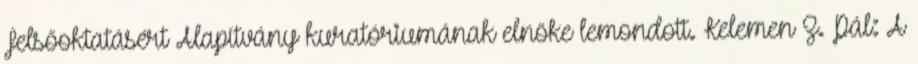
Felsőoktatásért Alapítvány kuratóriumának elnöke lemondott. Kelemen Z. Pál: A